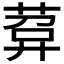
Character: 𦴰